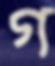
গ